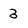
Character: 3